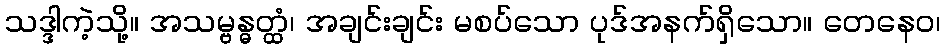
သဒ္ဒါကဲ့သို့။ အသမ္ဗန္ဓတ္ထံ၊ အချင်းချင်း မစပ်သော ပုဒ်အနက်ရှိသော။ တေနေဝ၊